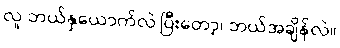
လူ ဘယ်နှယောက်လဲ၊ပြီးတော့၊ ဘယ်အချိန်လဲ။